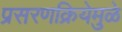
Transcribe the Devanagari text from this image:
प्रसरणक्रियेमुळे